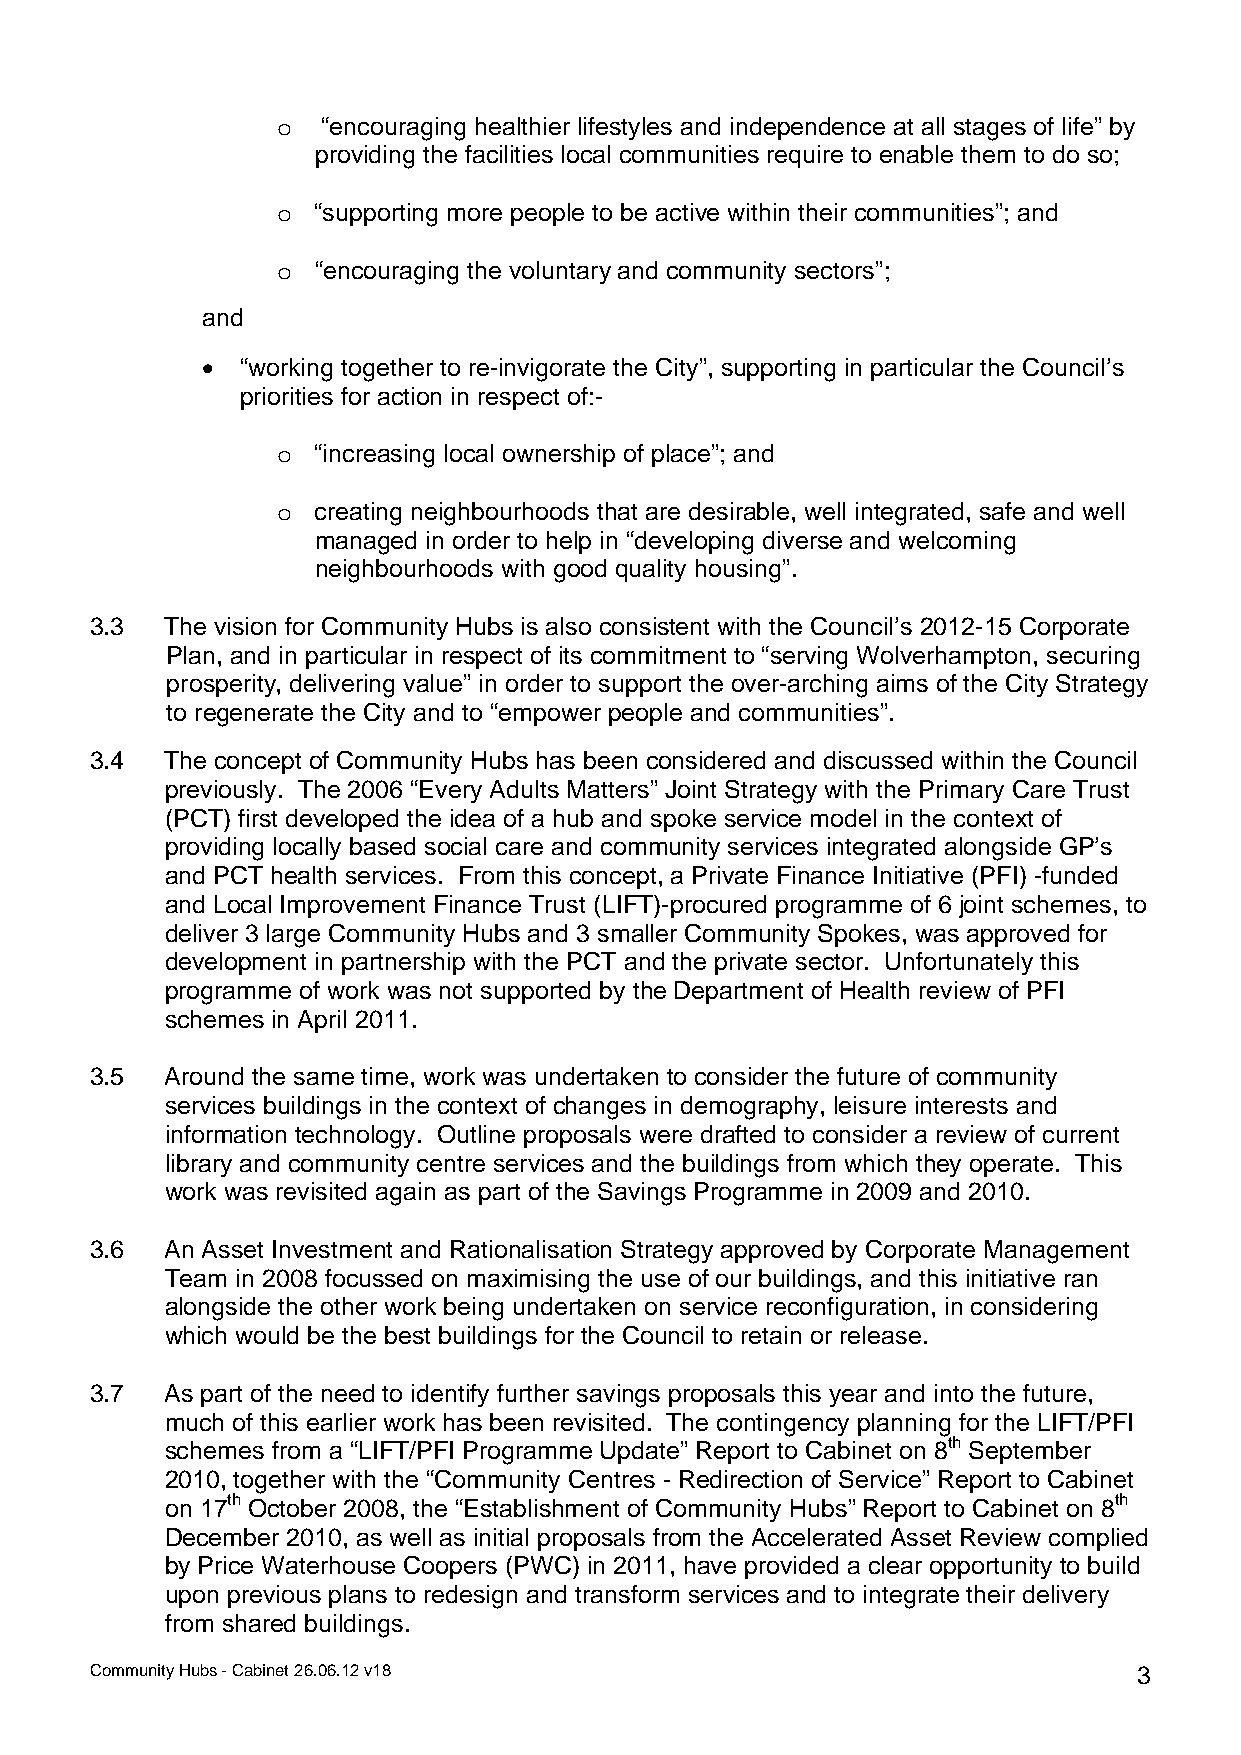
o  “encouraging healthier lifestyles and independence at all stages of life” by
 providing the facilities local communities require to enable them to do so;
 o  “supporting more people to be active within their communities”; and
 o  “encouraging the voluntary and community sectors”;
 and
 •  “working together to re-invigorate the City”, supporting in particular the Council’s
 priorities for action in respect of:-
 o  “increasing local ownership of place”; and
 o  creating neighbourhoods that are desirable, well integrated, safe and well
 managed in order to help in “developing diverse and welcoming
 neighbourhoods with good quality housing”.
 3.3  The vision for Community Hubs is also consistent with the Council’s 2012-15 Corporate
 Plan, and in particular in respect of its commitment to “serving Wolverhampton, securing
 prosperity, delivering value” in order to support the over-arching aims of the City Strategy
 to regenerate the City and to “empower people and communities”.
 3.4  The concept of Community Hubs has been considered and discussed within the Council
 previously. The 2006 “Every Adults Matters” Joint Strategy with the Primary Care Trust
 (PCT) first developed the idea of a hub and spoke service model in the context of
 providing locally based social care and community services integrated alongside GP’s
 and PCT health services. From this concept, a Private Finance Initiative (PFI) -funded
 and Local Improvement Finance Trust (LIFT)-procured programme of 6 joint schemes, to
 deliver 3 large Community Hubs and 3 smaller Community Spokes, was approved for
 development in partnership with the PCT and the private sector. Unfortunately this
 programme of work was not supported by the Department of Health review of PFI
 schemes in April 2011.
 3.5  Around the same time, work was undertaken to consider the future of community
 services buildings in the context of changes in demography, leisure interests and
 information technology. Outline proposals were drafted to consider a review of current
 library and community centre services and the buildings from which they operate. This
 work was revisited again as part of the Savings Programme in 2009 and 2010.
 3.6  An Asset Investment and Rationalisation Strategy approved by Corporate Management
 Team in 2008 focussed on maximising the use of our buildings, and this initiative ran
 alongside the other work being undertaken on service reconfiguration, in considering
 which would be the best buildings for the Council to retain or release.
 3.7  As part of the need to identify further savings proposals this year and into the future,
 much of this earlier work has been revisited. The contingency planning for the LIFT/PFI
 schemes from a “LIFT/PFI Programme Update” Report to Cabinet on 8th September
 2010, together with the “Community Centres - Redirection of Service” Report to Cabinet
 on 17th October 2008, the “Establishment of Community Hubs” Report to Cabinet on 8th
 December 2010, as well as initial proposals from the Accelerated Asset Review complied
 by Price Waterhouse Coopers (PWC) in 2011, have provided a clear opportunity to build
 upon previous plans to redesign and transform services and to integrate their delivery
 from shared buildings.
 Community Hubs - Cabinet 26.06.12 v18                                3